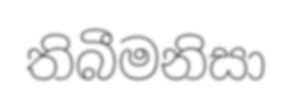
තිබීමනිසා